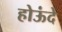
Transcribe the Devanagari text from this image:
होऊंदे